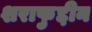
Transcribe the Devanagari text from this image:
शराफुद्दीन